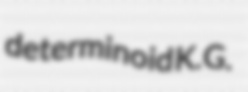
determinoid K.G.